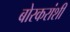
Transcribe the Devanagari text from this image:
बोरकरांशी